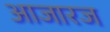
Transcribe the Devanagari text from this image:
आजारज